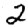
Digit: 2